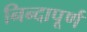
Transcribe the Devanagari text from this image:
निन्दापूर्ण